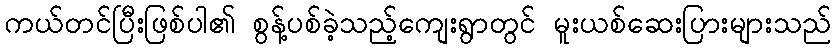
ကယ်တင်ပြီးဖြစ်ပါ၏ စွန့်ပစ်ခဲ့သည့်ကျေးရွာတွင် မူးယစ်ဆေးပြားများသည်